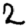
Digit: 2